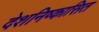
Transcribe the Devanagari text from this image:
देशनिष्कासित